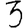
Digit: 3